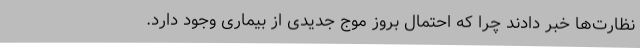
نظارت‌ها خبر دادند چرا که احتمال بروز موج جدیدی از بیماری وجود دارد.